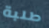
طلبة